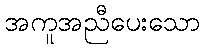
အကူအညီပေးသော